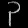
Digit: ၃